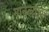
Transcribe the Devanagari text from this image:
मानल्यावर